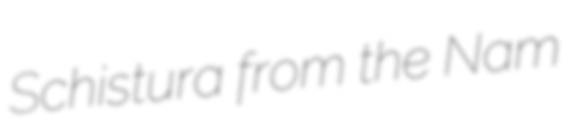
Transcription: Schistura from the Nam